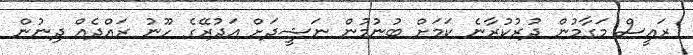
ރައީސް މަގާމުން ދުރުކުރާނެ ކަމަށް ބުނުމުން ނަޝީދަށް އަދުރޭގެ ހޫނު ރައްދެއް ދިނުން